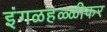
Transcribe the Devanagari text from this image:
इंगळहळ्ळीकर